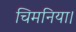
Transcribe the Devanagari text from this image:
चिमनिया।